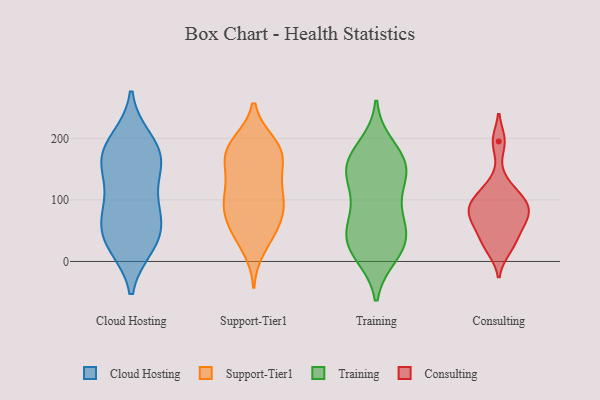
{"axis": {"x": "Active Users", "y": "Value"}, "legend": ["Cloud Hosting", "Consulting", "Support-Tier1", "Training"], "data": [{"x": "", "y": 25, "type": "Cloud Hosting"}, {"x": "", "y": 198, "type": "Cloud Hosting"}, {"x": "", "y": 46, "type": "Cloud Hosting"}, {"x": "", "y": 170, "type": "Cloud Hosting"}, {"x": "", "y": 96, "type": "Cloud Hosting"}, {"x": "", "y": 141, "type": "Cloud Hosting"}, {"x": "", "y": 149, "type": "Cloud Hosting"}, {"x": "", "y": 192, "type": "Cloud Hosting"}, {"x": "", "y": 62, "type": "Cloud Hosting"}, {"x": "", "y": 32, "type": "Cloud Hosting"}, {"x": "", "y": 81, "type": "Cloud Hosting"}, {"x": "", "y": 170, "type": "Cloud Hosting"}, {"x": "", "y": 27, "type": "Cloud Hosting"}, {"x": "", "y": 168, "type": "Cloud Hosting"}, {"x": "", "y": 82, "type": "Cloud Hosting"}, {"x": "", "y": 143, "type": "Support-Tier1"}, {"x": "", "y": 177, "type": "Support-Tier1"}, {"x": "", "y": 91, "type": "Support-Tier1"}, {"x": "", "y": 128, "type": "Support-Tier1"}, {"x": "", "y": 94, "type": "Support-Tier1"}, {"x": "", "y": 171, "type": "Support-Tier1"}, {"x": "", "y": 190, "type": "Support-Tier1"}, {"x": "", "y": 192, "type": "Support-Tier1"}, {"x": "", "y": 152, "type": "Support-Tier1"}, {"x": "", "y": 51, "type": "Support-Tier1"}, {"x": "", "y": 77, "type": "Support-Tier1"}, {"x": "", "y": 175, "type": "Support-Tier1"}, {"x": "", "y": 186, "type": "Support-Tier1"}, {"x": "", "y": 87, "type": "Support-Tier1"}, {"x": "", "y": 22, "type": "Support-Tier1"}, {"x": "", "y": 99, "type": "Support-Tier1"}, {"x": "", "y": 52, "type": "Support-Tier1"}, {"x": "", "y": 47, "type": "Support-Tier1"}, {"x": "", "y": 111, "type": "Support-Tier1"}, {"x": "", "y": 16, "type": "Training"}, {"x": "", "y": 148, "type": "Training"}, {"x": "", "y": 151, "type": "Training"}, {"x": "", "y": 153, "type": "Training"}, {"x": "", "y": 143, "type": "Training"}, {"x": "", "y": 51, "type": "Training"}, {"x": "", "y": 188, "type": "Training"}, {"x": "", "y": 70, "type": "Training"}, {"x": "", "y": 176, "type": "Training"}, {"x": "", "y": 37, "type": "Training"}, {"x": "", "y": 15, "type": "Training"}, {"x": "", "y": 40, "type": "Training"}, {"x": "", "y": 130, "type": "Training"}, {"x": "", "y": 103, "type": "Training"}, {"x": "", "y": 41, "type": "Training"}, {"x": "", "y": 10, "type": "Training"}, {"x": "", "y": 162, "type": "Training"}, {"x": "", "y": 81, "type": "Training"}, {"x": "", "y": 97, "type": "Consulting"}, {"x": "", "y": 99, "type": "Consulting"}, {"x": "", "y": 68, "type": "Consulting"}, {"x": "", "y": 123, "type": "Consulting"}, {"x": "", "y": 19, "type": "Consulting"}, {"x": "", "y": 86, "type": "Consulting"}, {"x": "", "y": 195, "type": "Consulting"}, {"x": "", "y": 34, "type": "Consulting"}, {"x": "", "y": 54, "type": "Consulting"}, {"x": "", "y": 75, "type": "Consulting"}]}